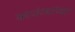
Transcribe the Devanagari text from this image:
काउंट्यांच्या